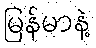
မြန်မာနဲ့